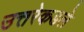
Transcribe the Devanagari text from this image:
उत्तरेकडले